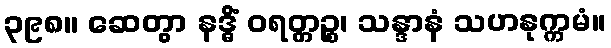
၃၉၈။ ဆေတွာ နဒ္ဓိံ ဝရတ္တဉ္စ၊ သန္ဒာနံ သဟနုက္ကမံ။